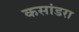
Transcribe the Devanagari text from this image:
कसांडरा